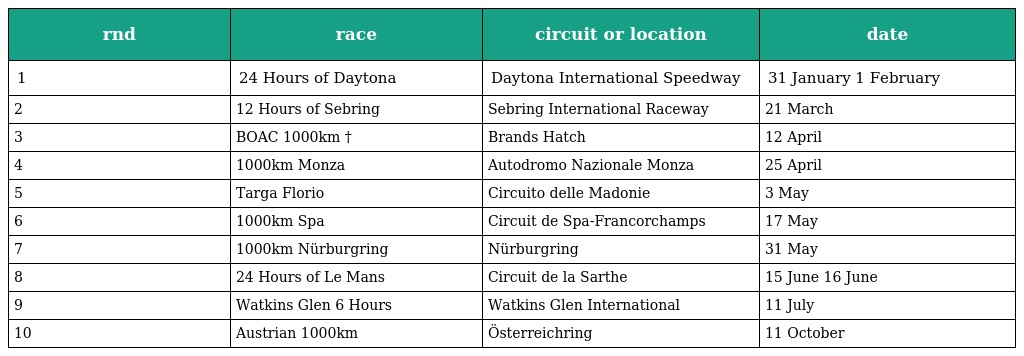
| rnd | race | circuit or location | date |
 | --- | --- | --- | --- |
 | 1 | 24 Hours of Daytona | Daytona International Speedway | 31 January 1 February |
 | 2 | 12 Hours of Sebring | Sebring International Raceway | 21 March |
 | 3 | BOAC 1000km † | Brands Hatch | 12 April |
 | 4 | 1000km Monza | Autodromo Nazionale Monza | 25 April |
 | 5 | Targa Florio | Circuito delle Madonie | 3 May |
 | 6 | 1000km Spa | Circuit de Spa-Francorchamps | 17 May |
 | 7 | 1000km Nürburgring | Nürburgring | 31 May |
 | 8 | 24 Hours of Le Mans | Circuit de la Sarthe | 15 June 16 June |
 | 9 | Watkins Glen 6 Hours | Watkins Glen International | 11 July |
 | 10 | Austrian 1000km | Österreichring | 11 October |